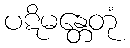
ပဋိမန္တေတုံ